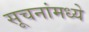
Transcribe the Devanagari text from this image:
सूचनांमध्ये